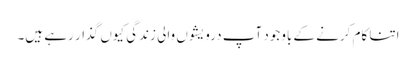
اتنا کام کرنے کے باوجود آپ درویشوں والی زندگی کیوں گذار رہے ہیں۔